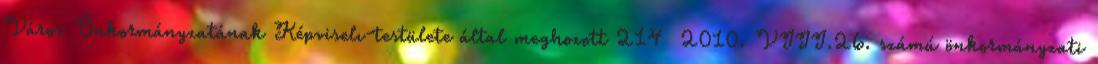
Város Önkormányzatának Képviselı-testülete által meghozott 214 2010. VIII.26. számú önkormányzati